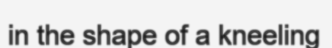
in the shape of a kneeling